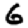
Digit: 6